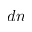
d n